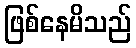
ဖြစ်နေမိသည်